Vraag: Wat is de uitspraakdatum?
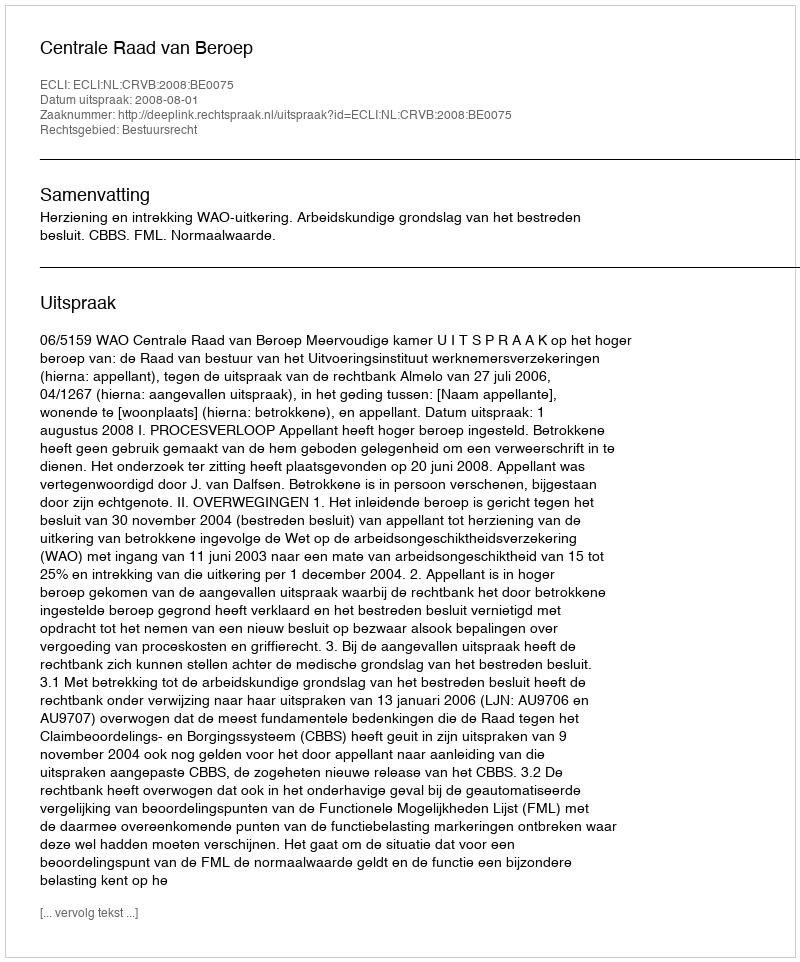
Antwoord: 2008-08-01